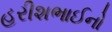
હરીશભાઈનો